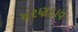
ધરણદાવ